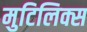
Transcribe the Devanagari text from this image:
मुटिलिक्स